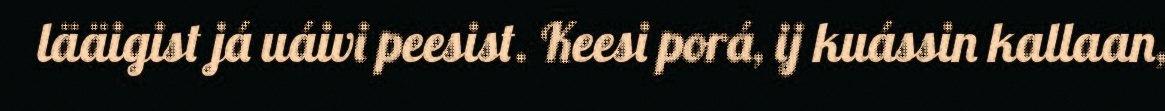
lääigist já uáivi peesist. Keesi porá, ij kuássin kallaan,